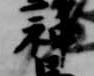
神